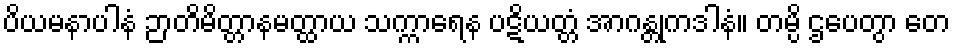
ပိယမနာပါနံ ဉာတိမိတ္တာနမတ္ထာယ သက္ကာရေန ပဋိယတ္တံ အာဂန္တုကဒါနံ။ တမ္ပိ ဌပေတွာ တေ